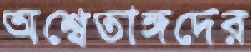
অশ্বেতাঙ্গদের